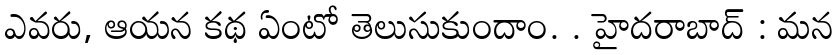
ఎవరు, ఆయన కథ ఏంటో తెలుసుకుందాం. . హైదరాబాద్ : మన